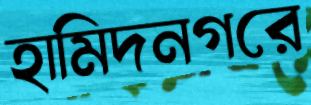
হামিদনগরে